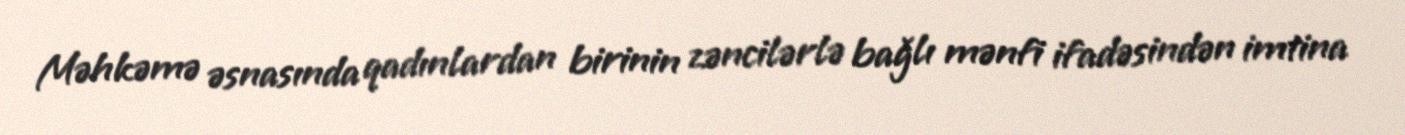
Məhkəmə əsnasında qadınlardan birinin zəncilərlə bağlı mənfi ifadəsindən imtina